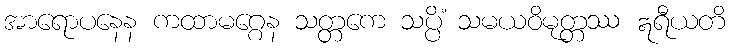
အာရောပနေန ကထာမဂ္ဂေန သတ္တကေ သပ္ပိံ သမယဝိမုတ္တဿ ဣရီယတိ